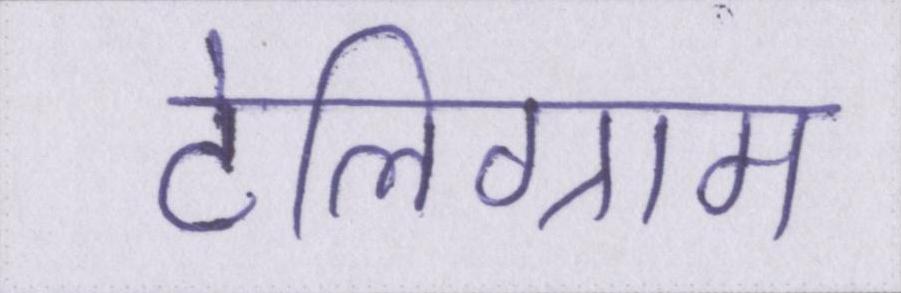
टेलिग्राम